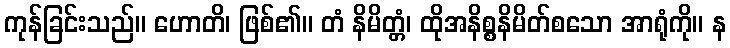
ကုန်ခြင်းသည်။ ဟောတိ၊ ဖြစ်၏။ တံ နိမိတ္တံ၊ ထိုအနိစ္စနိမိတ်စသော အာရုံကို။ န